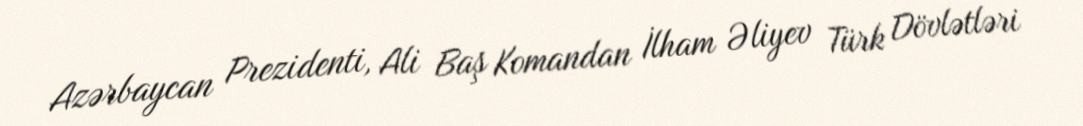
Azərbaycan Prezidenti, Ali Baş Komandan İlham Əliyev Türk Dövlətləri